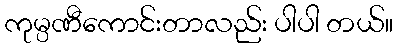
ကုမ္ပဏီကောင်းတာလည်း ပါပါ တယ်။